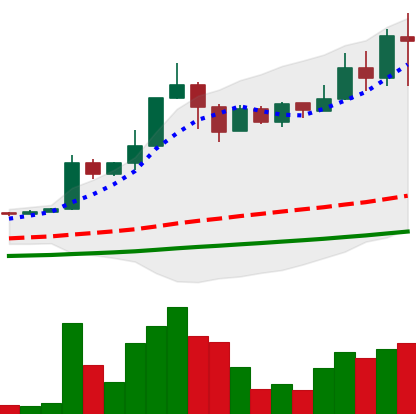
Ticker: TRX-USD
Chart end date: 2021-04-16
Forward return: -24.066%
Label: down_7plus